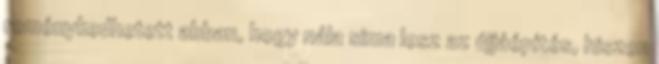
reménykedhetett abban, hogy nála sima lesz az újjáépítés, hiszen